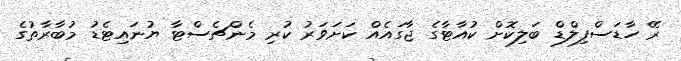
ރޭ ހާޑަސްފިލްޑް ބަލިކޮށް ކުއާޓާގެ ޖާގައެއް ކަށަވަރު ކުރި މެންޗެސްޓާ ޔުނައިޓެޑު މުބާރާތުގެ